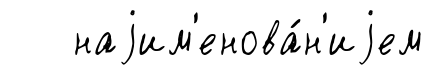
наjим'енова́н'иjем